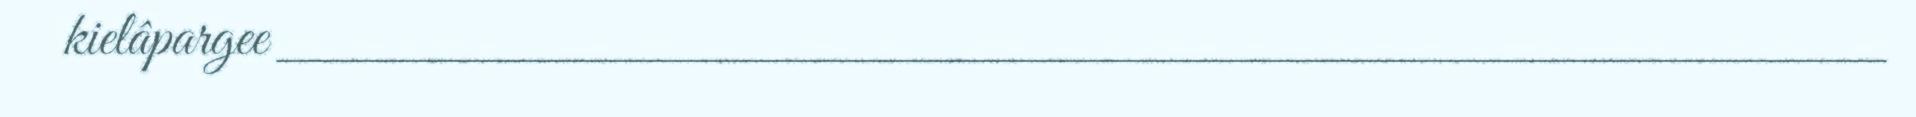
kielâpargee ___________________________________